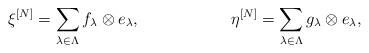
LaTeX: \begin{align*}\xi^{[N]} &= \sum_{\lambda\in\Lambda}f_\lambda\otimes e_\lambda, & \eta^{[N]} &= \sum_{\lambda\in\Lambda}g_\lambda\otimes e_\lambda,\end{align*}